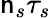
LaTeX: \mathsf{n}_{s}\tau_{s}